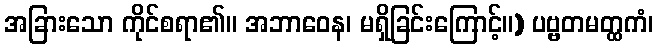
အခြားသော ကိုင်စရာ၏။ အဘာဝေန၊ မရှိခြင်းကြောင့်။) ပဗ္ဗတမတ္ထကံ၊